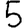
Digit: 5